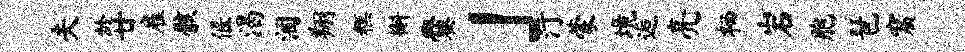
夫龄廿雇骸偃渴涸翔糕槲爨」汀蒙境逅亮栖岩胞琶窟